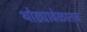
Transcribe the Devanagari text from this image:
थोड्यावेळातच